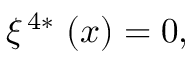
\xi ^ { \, 4 \ast } \, \left( x \right) = 0 ,